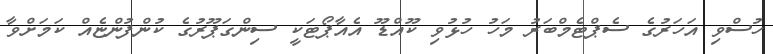
ހުސްވި އަހަރުގެ ސެޕްޓެމްބަރު މަހު ހުޅުވި ކޫއްޑޫ އެއާޕޯޓަކީ ސިންގަޕޫރުގެ ކުންފުންޏެއް ކަމަށްވާ